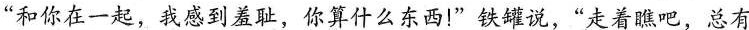
“和你在一起，我感到羞耻，你算什么东西！”铁罐说，“走着瞧吧，总有